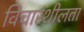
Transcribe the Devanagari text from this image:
विचारंशीलता